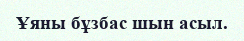
Ұяны бұзбас шын асыл.